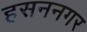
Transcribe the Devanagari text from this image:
हसननगर